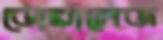
ডোরালেজ